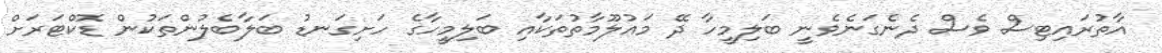
އާތުރައިޓިސް ވެސް ދެނެގަނެވެނީ ބަލިމީހާ ދޭ މައުލޫމާތުތަކާއި ބަލިމީހާގެ ހަށިގަނޑު ބަލާބެލުންތަކުން ޑޮކްޓަރަށް